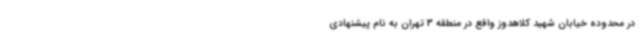
در محدوده خیابان شهید کلاهدوز واقع در منطقه 3 تهران به نام پیشنهادی